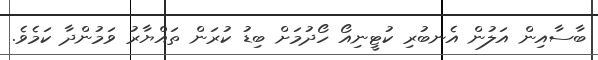
ބާސާއިން އަލުން އެނބުރި ކުޓީނިއޯ ހޯދުމަށް ބިޑު ކުރަން ތައްޔާރު ވަމުންދާ ކަމެވެ.